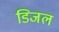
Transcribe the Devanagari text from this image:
डिजल